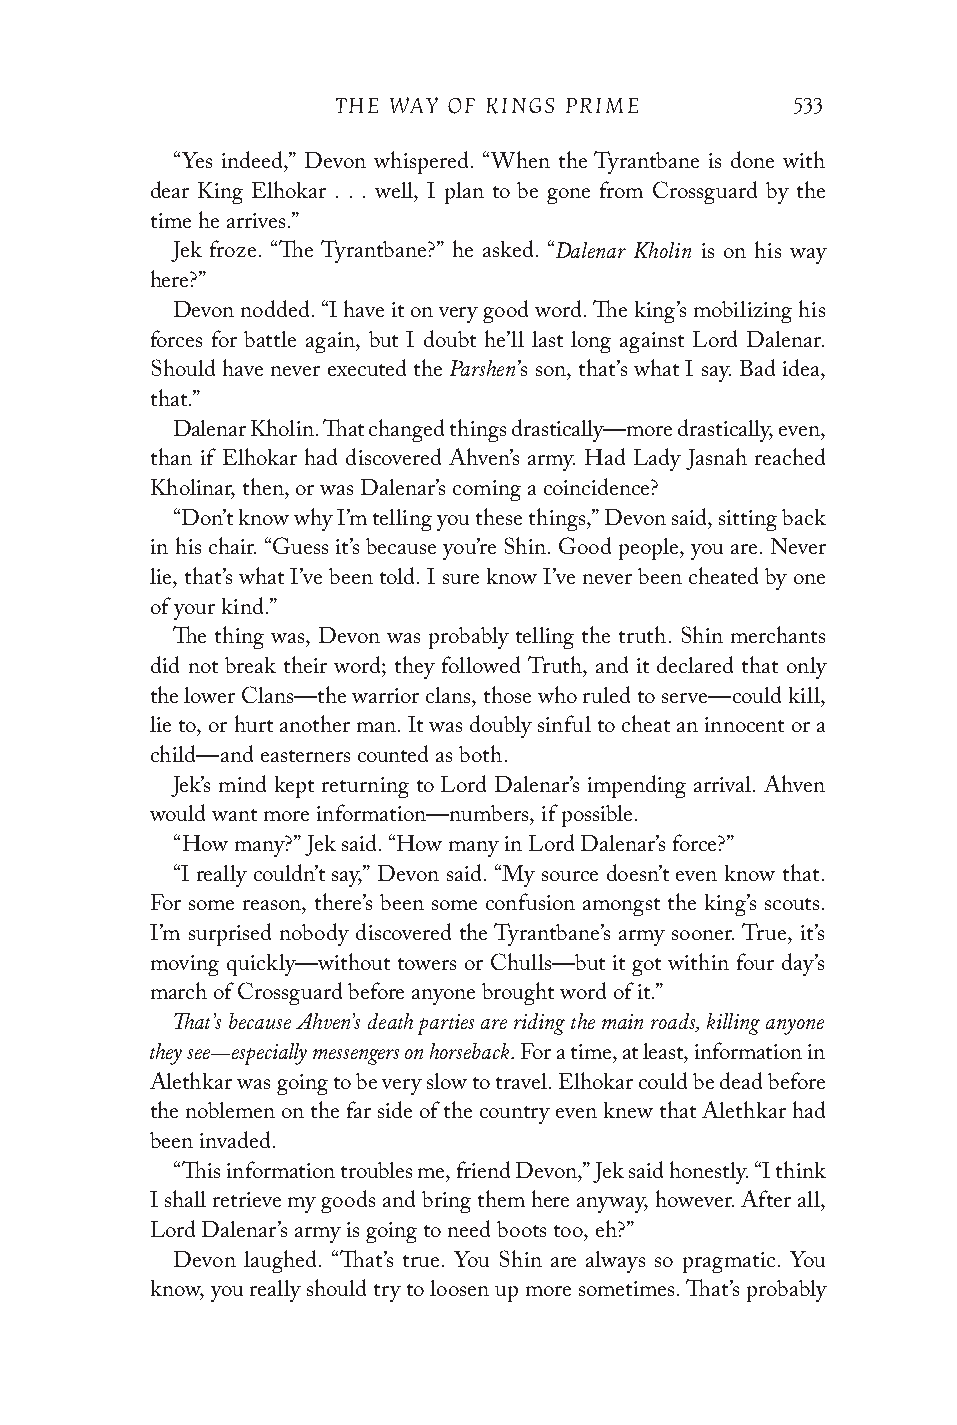
THE WAY OF KINGS PRIME        533
 “Yes indeed,” Devon whispered. “When the Tyrantbane is done with
 dear King Elhokar . . . well, I plan to be gone from Crossguard by the
 time he arrives.”
 Dalenar Kholin
 Jek froze. “The Tyrantbane?” he asked. “ is on his way
 here?”
 Devon nodded. “I have it on very good word. The king’s mobilizing his
 forces for battle again, but I doubt he’ll last long against Lord Dalenar.
 Parshen
 Should have never executed the ’s son, that’s what I say. Bad idea,
 that.”
 Dalenar Kholin. That changed things drastically—more drastically, even,
 than if Elhokar had discovered Ahven’s army. Had Lady Jasnah reached
 Kholinar, then, or was Dalenar’s coming a coincidence?
 “Don’t know why I’m telling you these things,” Devon said, sitting back
 in his chair. “Guess it’s because you’re Shin. Good people, you are. Never
 lie, that’s what I’ve been told. I sure know I’ve never been cheated by one
 of your kind.”
 The thing was, Devon was probably telling the truth. Shin merchants
 did not break their word; they followed Truth, and it declared that only
 the lower Clans—the warrior clans, those who ruled to serve—could kill,
 lie to, or hurt another man. It was doubly sinful to cheat an innocent or a
 child—and easterners counted as both.
 Jek’s mind kept returning to Lord Dalenar’s impending arrival. Ahven
 would want more information—numbers, if possible.
 “How many?” Jek said. “How many in Lord Dalenar’s force?”
 “I really couldn’t say,” Devon said. “My source doesn’t even know that.
 For some reason, there’s been some confusion amongst the king’s scouts.
 I’m surprised nobody discovered the Tyrantbane’s army sooner. True, it’s
 moving quickly—without towers or Chulls—but it got within four day’s
 march of Crossguard before anyone brought word of it.”
 That’s because Ahven’s death parties are riding the main roads, killing anyone
 they see—especially messengers on horseback.
 For a time, at least, information in
 Alethkar was going to be very slow to travel. Elhokar could be dead before
 the noblemen on the far side of the country even knew that Alethkar had
 been invaded.
 “This information troubles me, friend Devon,” Jek said honestly. “I think
 I shall retrieve my goods and bring them here anyway, however. After all,
 Lord Dalenar’s army is going to need boots too, eh?”
 Devon laughed. “That’s true. You Shin are always so pragmatic. You
 know, you really should try to loosen up more sometimes. That’s probably